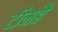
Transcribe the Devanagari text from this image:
टीमहै